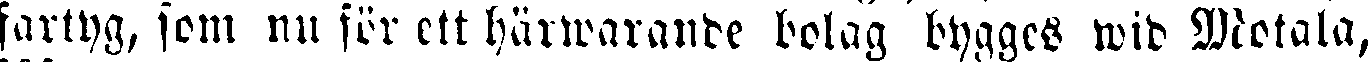
fartyg, som nu för ett härwarande bolag bygges wid Motala,